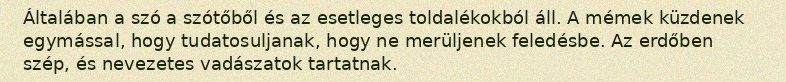
Általában a szó a szótőből és az esetleges toldalékokból áll. A mémek küzdenek egymással, hogy tudatosuljanak, hogy ne merüljenek feledésbe. Az erdőben szép, és nevezetes vadászatok tartatnak.